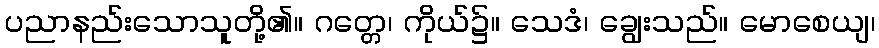
ပညာနည်းသောသူတို့၏။ ဂတ္တေ၊ ကိုယ်၌။ သေဒံ၊ ချွေးသည်။ မောစေယျ၊